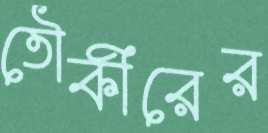
তৌকীরের